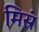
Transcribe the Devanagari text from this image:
मिस्रं